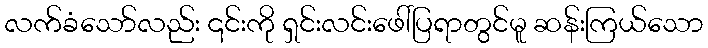
လက်ခံသော်လည်း ၎င်းကို ရှင်းလင်းဖေါ်ပြရာတွင်မူ ဆန်းကြယ်သော